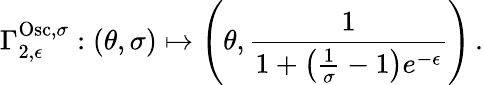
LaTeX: \Gamma_{2,\epsilon}^{\mathrm{Osc},\sigma}:(\theta,\sigma)\mapsto\left(\theta,\frac{1}{1+\left(\frac{1}{\sigma}-1\right)e^{-\epsilon}}\right)\, .